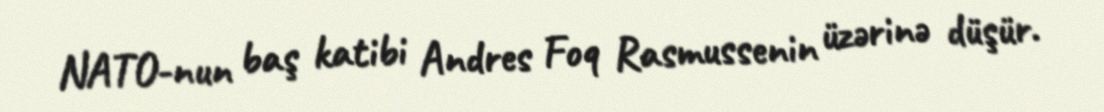
NATO-nun baş katibi Andres Foq Rasmussenin üzərinə düşür.